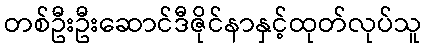
တစ်ဦးဦးဆောင်ဒီဇိုင်နာနှင့်ထုတ်လုပ်သူ